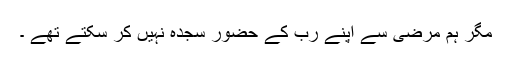
مگر ہم مرضی سے اپنے رب کے حضور سجدہ نہیں کر سکتے تھے ۔